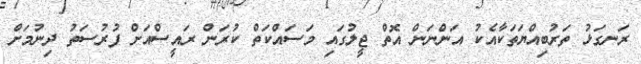
ރަނގަޅު ތަރުބިއްޔަތަކާއެކު އަންނަން އޮތް ޖީލުގައި މަސައްކަތް ކުރަން ރައީސްއަށް ފުރުސަތު ދިނުމަށް